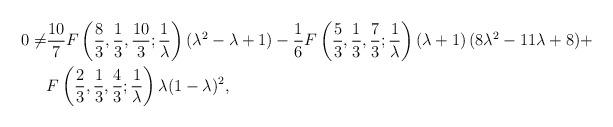
LaTeX: \begin{align*}0\neq &\frac{10}{7}F\left(\frac{8}{3},\frac{1}{3},\frac{10}{3};\frac{1}{\lambda}\right)(\lambda^2-\lambda+1)-\frac{1}{6}F\left(\frac{5}{3},\frac{1}{3},\frac{7}{3};\frac{1}{\lambda}\right)\left(\lambda+1 \right)(8\lambda^2-11\lambda+8)+\\&F\left(\frac{2}{3},\frac{1}{3},\frac{4}{3};\frac{1}{\lambda}\right)\lambda(1-\lambda)^2,\end{align*}